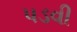
પડવી